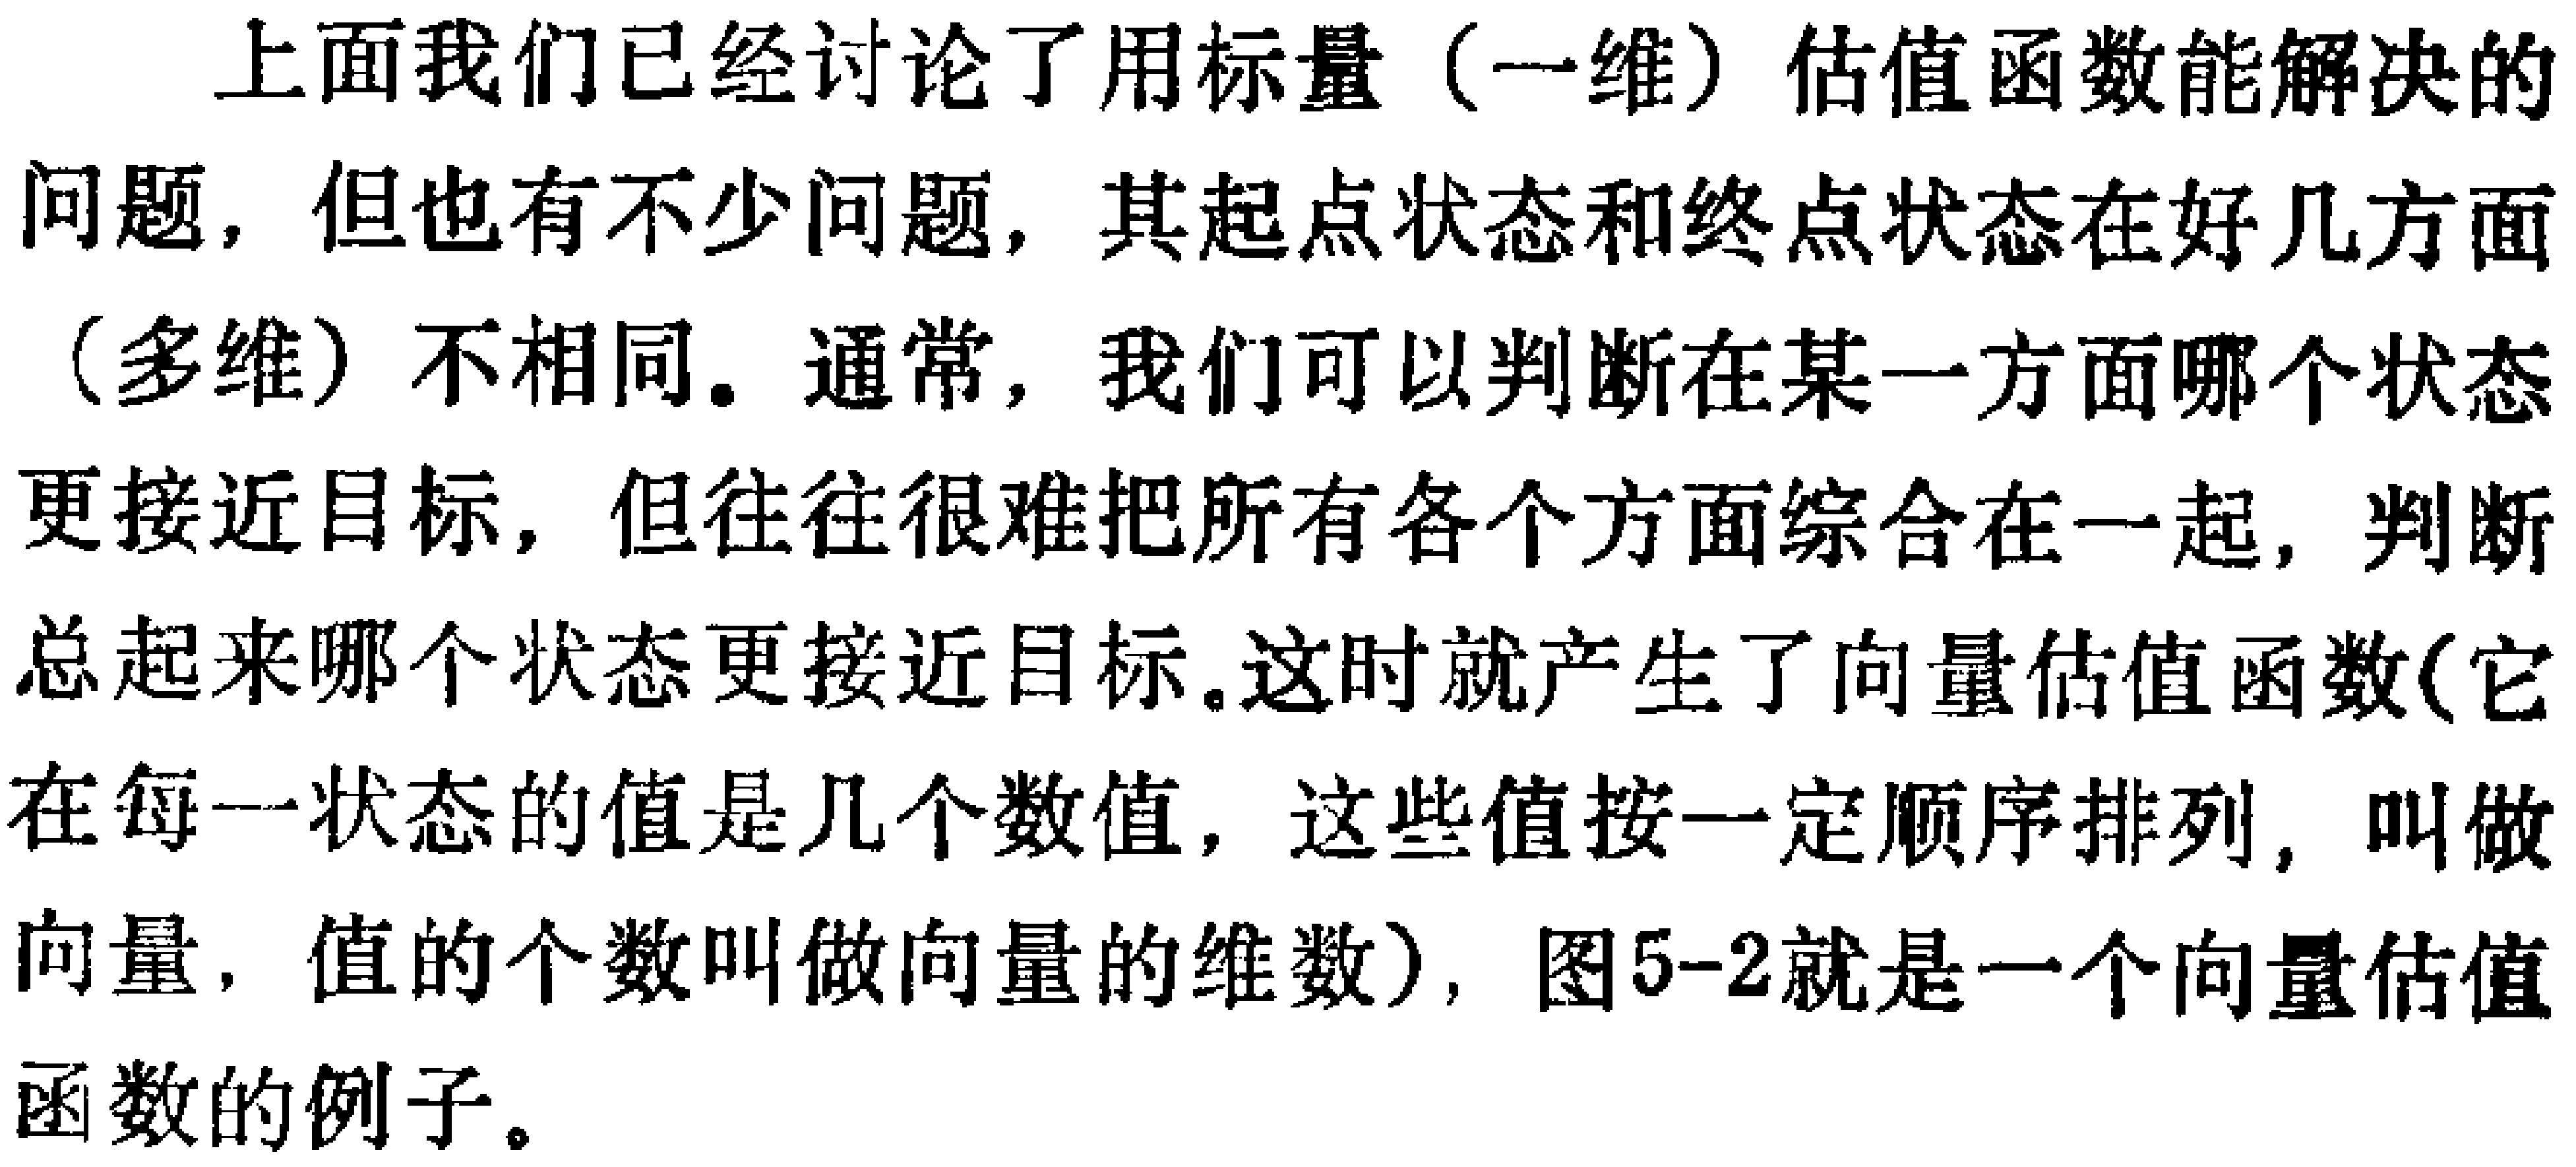
上面我们已经讨论了用标量（一维）估值函数能解决的问题，但也有不少问题，其起点状态和终点状态在好几方面（多维）不相同。通常，我们可以判断在某一方面哪个状态更接近目标，但往往很难把所有各个方面综合在一起，判断总起来哪个状态更接近目标。这时就产生了向量估值函数(它在每一状态的值是几个数值，这些值按一定顺序排列，叫做向量，值的个数叫做向量的维数)，图5-2就是一个向量估值函数的例子。